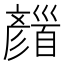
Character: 𩠪